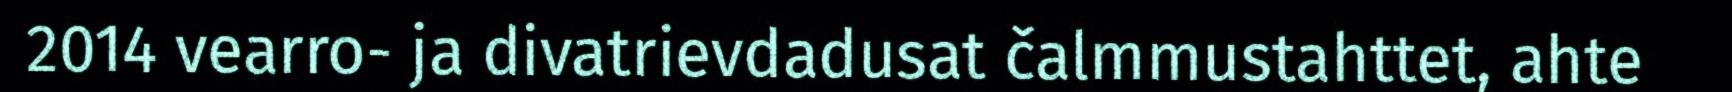
2014 vearro- ja divatrievdadusat čalmmustahttet, ahte